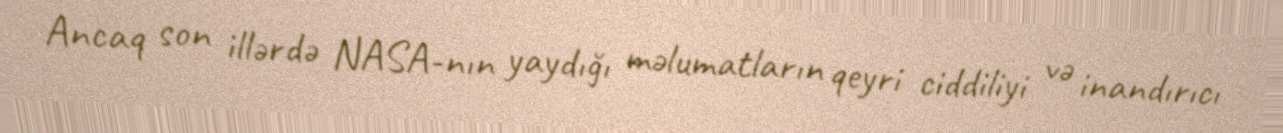
Ancaq son illərdə NASA-nın yaydığı məlumatların qeyri ciddiliyi və inandırıcı